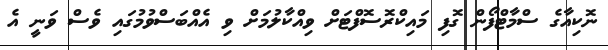
ނޮކިއާގެ ސްމާޓްފޯން ގޮފި މައިކްރޮސޮފްޓަށް ވިއްކާލުމަށް ވި އެއްބަސްވުމުގައި ވެސް ވަނީ އެ